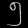
Digit: ၅